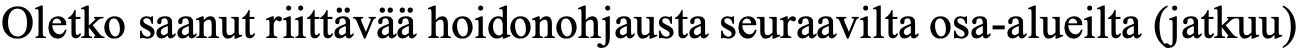
Oletko saanut riittävää hoidonohjausta seuraavilta osa-alueilta (jatkuu)